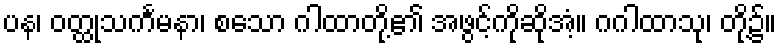
ပန၊ ဝတ္ထုသင်္ကမနာ၊ စသော ဂါထာတို့၏ အဖွင့်ကိုဆိုအံ့။ ဂဂါထာသု၊ တို့၌။